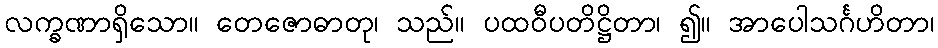
လက္ခဏာရှိသော။ တေဇောဓာတု၊ သည်။ ပထဝီပတိဋ္ဌိတာ၊ ၍။ အာပေါသင်္ဂဟိတာ၊